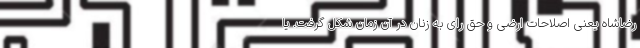
رضاشاه یعنی اصلاحات ارضی و حق رای به زنان در آن زمان شکل گرفت. یا